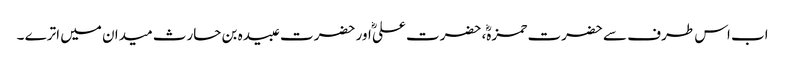
اب اس طرف سے حضرت حمزہؓ، حضرت علیؓ اور حضرت عبیدہ بن حارث میدان میں اترے ۔